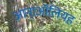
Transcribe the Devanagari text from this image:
आना्ऑलियह